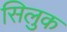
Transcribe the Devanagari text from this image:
सिलुक